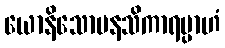
ယောနိသောမနသိကာရမ္ပာဟံ